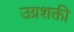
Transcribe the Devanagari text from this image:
उग्रशक्ती